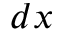
d x